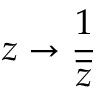
z \rightarrow { \frac { 1 } { \overline { { z } } } }